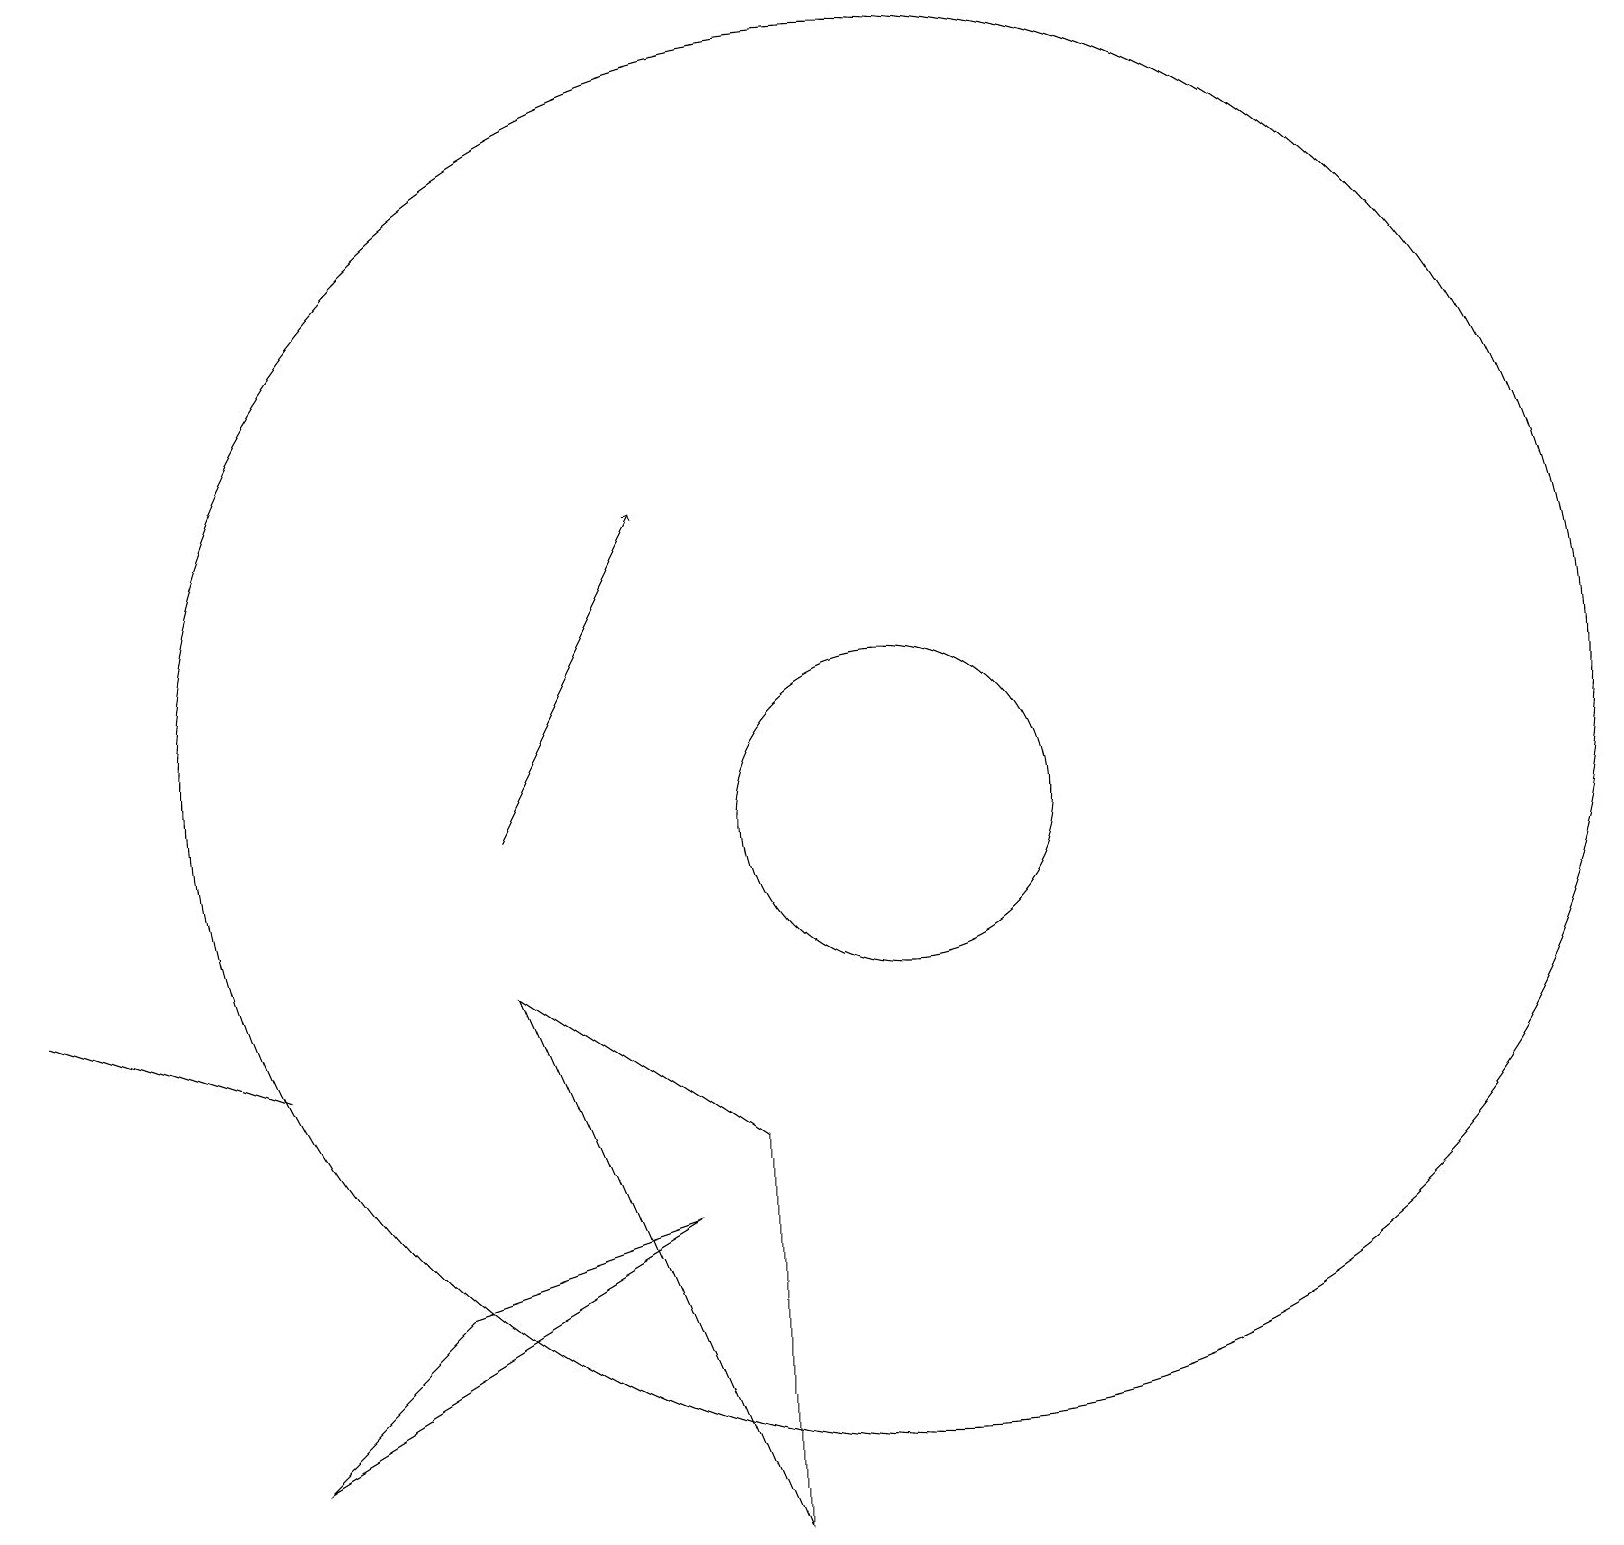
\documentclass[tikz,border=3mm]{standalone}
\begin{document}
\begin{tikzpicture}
\draw (9,2) -- (9,7) -- (6,9) -- cycle;
\draw (11,11) circle (2);
\draw (11,12) circle (9);
\draw (3,8) -- (0,9) -- (0,9) -- cycle;
\draw[->] (6,11) -- (8,15);
\draw (8,6) -- (3,3) -- (5,5) -- cycle;
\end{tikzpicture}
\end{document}